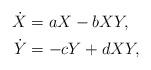
LaTeX: \begin{align*}\dot{X} &= a X - b X Y, \\\dot{Y} &= -c Y + d X Y,\end{align*}